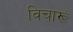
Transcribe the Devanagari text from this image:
विचारूं